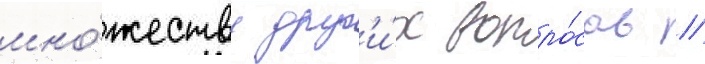
мно́жеству друг'и́х вопро́сов //